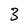
Character: 3